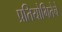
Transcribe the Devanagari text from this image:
प्रतियोगितेचे